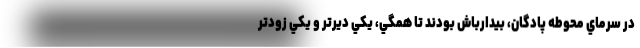
در سرماي محوطه پادگان، بيدارباش بودند تا همگي، يكي ديرتر و يكي زودتر